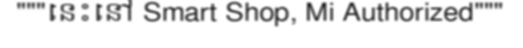
"""នេះនៅ Smart Shop, Mi Authorized"""